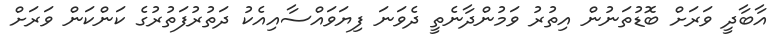
އާބާދީ ވަރަށް ބޮޑުތަނުން އިތުރު ވަމުންދާނެތީ ދެވަނަ ފިޔަވައްސާއިއެކު ދަތުރުފަތުރުގެ ކަންކަން ވަރަށް